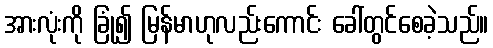
အားလုံးကို ခြုံ၍ မြန်မာဟုလည်းကောင်း ခေါ်တွင်စေခဲ့သည်။